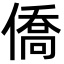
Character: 僑